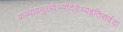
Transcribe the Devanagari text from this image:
क्रव्यादमुख्येभ्योदेवेभ्यइतिसर्वदा